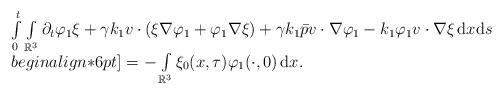
LaTeX: \begin{align*}\begin{array}{ll}\int\limits_0^t \int\limits_{\mathbb{R}^3}\partial_t\varphi_1\xi + \gamma k_1 v\cdot(\xi\nabla\varphi_1 +\varphi_1\nabla\xi)+\gamma k_1 \bar{p} v\cdot\nabla\varphi_1- k_1 \varphi_1 v\cdot\nabla \xi \,\mathrm{d}x\mathrm{d}s \\begin{align*}6pt]= -\int\limits_{\mathbb{R}^3}\xi_0(x,\tau) \varphi_1(\cdot,0)\,\mathrm{d}x.\end{array}\end{align*}